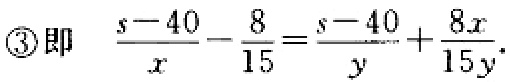
\textcircled{3}即  \(\frac{s - 40}{x} - \frac{8}{15} = \frac{s - 40}{y} + \frac{8x}{15y}\)